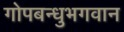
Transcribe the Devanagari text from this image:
गोपबन्धुभगवान